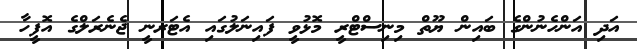
އަދި އަންހެނުންގެ ބައިން ޔޫތް މިނިސްޓްރީ މޮޅުވީ ފައިނަލުގައި އެޓަރނީ ޖެނެރަލްގެ އޮފީހާ